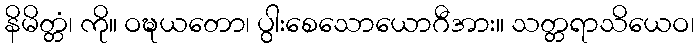
နိမိတ္တံ၊ ကို။ ဝဍ္ဎယတော၊ ပွါးစေသောယောဂီအား။ သတ္တရာသိယေဝ၊